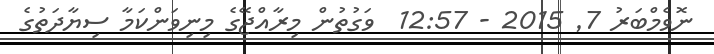
ނޮވެމްބަރު 7